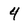
Character: 4